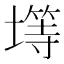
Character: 𫮨